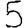
Digit: 5